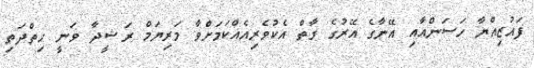
ފައުޒިއްޔާ ހަސަންއާއި އޭނާގެ އޭރުގެ ގާތް އެކުވެރިއެއްކަމަށްވާ މަރިޔަމް ރަޝީދާ ވަނީ ހިތްދަތި